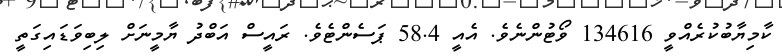
ކާމިޔާބުކުރެއްވީ 134616 ވޯޓުންނެވެ. އެއީ 58.4 ޕަސެންޓެވެ. ރައީސް އަބްދު ޔާމީނަށް ލިބިވަޑައިގަތީ